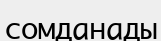
сомданады